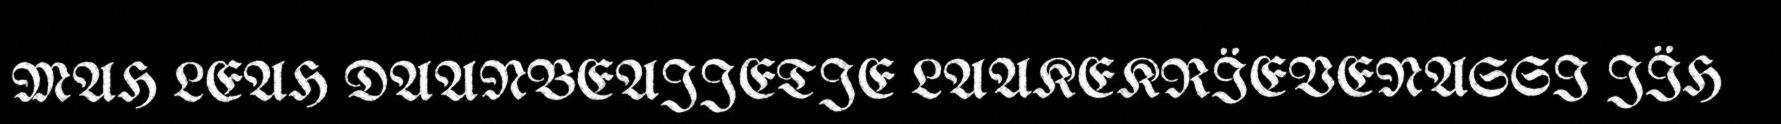
MAH LEAH DAANBEAJJETJE LAAKEKRÏEVENASSI JÏH